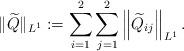
LaTeX: \begin{align*}\|\widetilde{Q}\|_{L^1}:=\sum_{i=1}^2\sum_{j=1}^2\left\|\widetilde{Q}_{i j}\right\|_{L^1}.\end{align*}